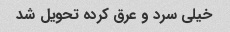
خیلی سرد و عرق کرده تحویل شد